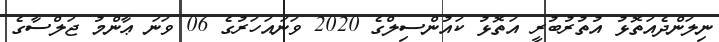
ނިލަންދެއަތޮޅު އުތުރުބުރީ އަތޮޅު ކައުންސިލްގެ 2020 ވަނައަހަރުގެ 06 ވަނަ ޢާންމު ޖަލްސާގެ